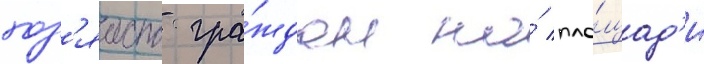
хоз'яиств гра́ждан на́ пло́щад'и